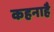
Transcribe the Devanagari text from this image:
कहनाहै